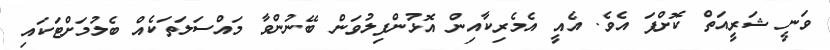
ވަނީ ޝަރީއަތް ކޮށްފަ އެވެ. އެއީ އެމެރިކާއިން އޮޅުންފިލުވަން ބޭނުންވާ މައްސަލަތަކެއް ބެލުމަށްޓަކައި